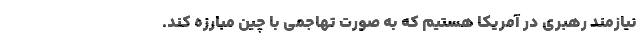
نیازمند رهبری در آمریکا هستیم که به صورت تهاجمی با چین مبارزه کند.